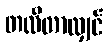
တလီတာလျှင်